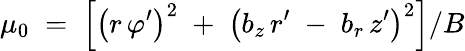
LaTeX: \mu_{0}\; =\; \left[\left(r\, \varphi^{\prime}\right)^{2}\; +\; \left(b_{z}\, r^{\prime}\; -\; b_{r}\, z^{\prime}\right)^{2}\right]/B